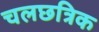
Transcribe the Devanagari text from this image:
चलछत्रिक